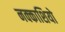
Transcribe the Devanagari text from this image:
नक्‍काशियो